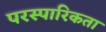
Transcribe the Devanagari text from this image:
परस्पारिकता